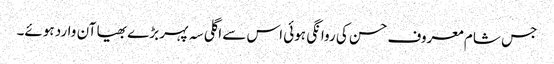
جس شام معروف حسن کی روانگی ہوئی اس سے اگلی سہ پہر بڑے بھیا آن وارد ہوئے۔